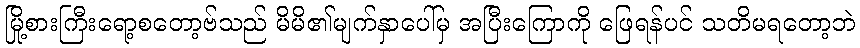
မြို့စားကြီးရော့စတော့ဗ်သည် မိမိ၏မျက်နှာပေါ်မှ အပြီးကြောကို ဖြေရန်ပင် သတိမရတော့ဘဲ